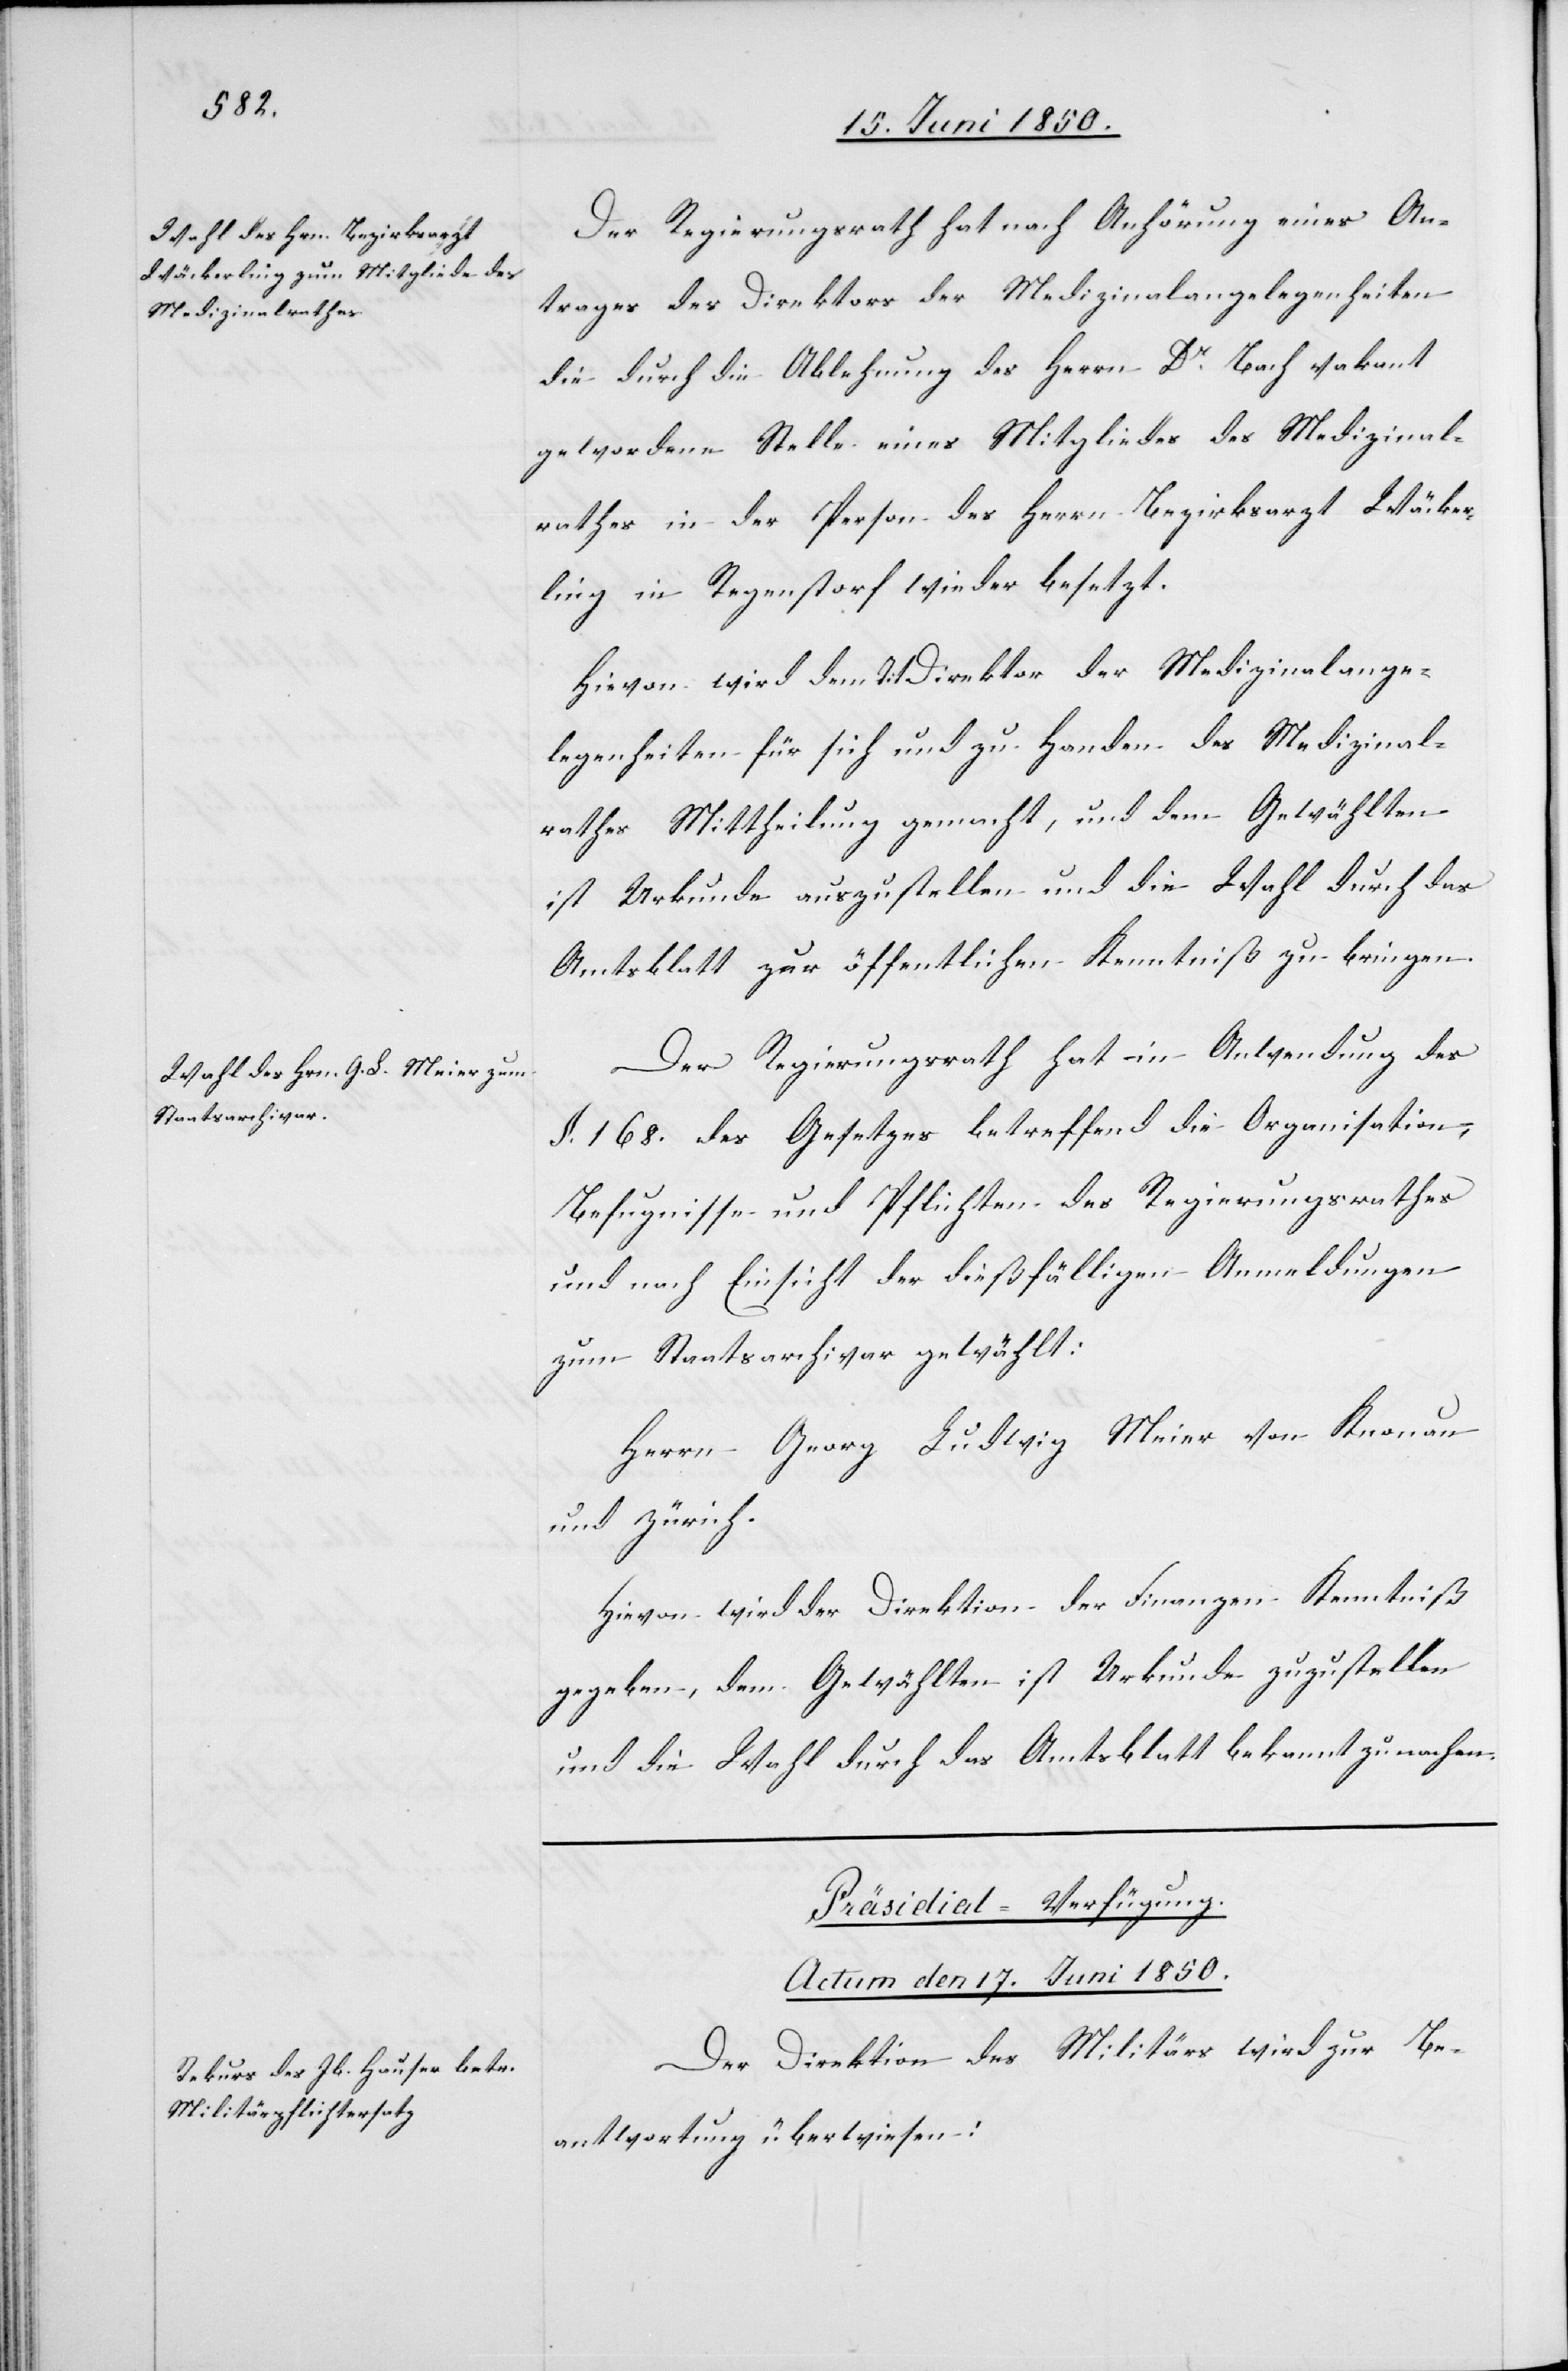
Der Regierungsrath hat nach Anhörung eines An¬
trages des Direktors der Medizinalangelegenheiten
die durch die Ablehnung des Herrn Dr Bach vakant
gewordene Stelle eines Mitgliedes des Medizinal¬
rathes in der Person des Herrn Bezirksarzt Wäcker¬
ling in Regenstorf wieder besetzt.
Hievon wird dem Tit Direktor der Medizinalange¬
legenheiten für sich und zu Handen des Medizinal¬
rathes Mittheilung gemacht, und dem Gewählten
ist Urkunde auszustellen und die Wahl durch das
Amtsblatt zur öffentlichen Kenntniß zu bringen.
Der Regierungsrath hat in Anwendung des
§. 168. des Gesetzes betreffend die Organisation,
Befugnisse und Pflichten des Regierungsrathes
und nach Einsicht der dießfälligen Anmeldungen
zum Staatsarchivar gewählt:
Herrn Georg Ludwig Meier von Knonau
und Zürich.
Hievon wird der Direktion der Finanzen Kenntniß
gegeben, dem Gewählten ist Urkunde zuzustellen
und die Wahl durch das Amtsblatt bekannt zu machen.
Präsidial-Verfügung.
Actum den 17. Juni 1850.
Der Direktion des Militärs wird zur Be¬
antwortung überwiesen: